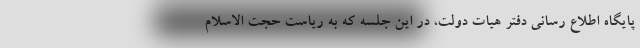
پایگاه اطلاع رسانی دفتر هیات دولت، در این جلسه که به ریاست حجت الاسلام